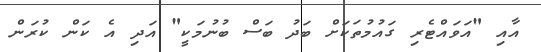
އާއި "އަވައްޓެރި ގައުމުތަކަށް ބަދު ބަސް ބުނުމަކީ" އަދި އެ ކަން ކުރަން